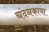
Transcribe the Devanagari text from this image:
चंदनकाया